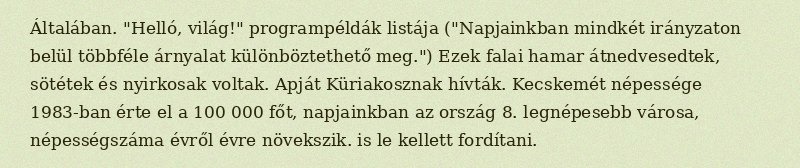
Általában. "Helló, világ!" programpéldák listája ("Napjainkban mindkét irányzaton belül többféle árnyalat különböztethető meg.") Ezek falai hamar átnedvesedtek, sötétek és nyirkosak voltak. Apját Küriakosznak hívták. Kecskemét népessége 1983-ban érte el a 100 000 főt, napjainkban az ország 8. legnépesebb városa, népességszáma évről évre növekszik. is le kellett fordítani.